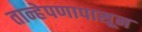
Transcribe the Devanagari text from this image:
तान्हेपणापासून